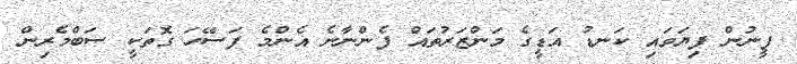
ފީނުން ފިޔަވައި ކަނޑު އަޑީގެ މަންޒަރުތައް ފެންނާނެ އެންމެ ފަސޭހަ ގޮތަކީ ސަބްމެރިން